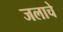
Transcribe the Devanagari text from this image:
जलाचे